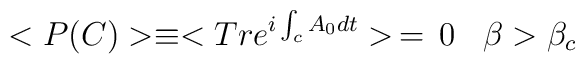
<P(C)> \equiv <Tr e^{i\int _c A_0 dt}> \, = \, 0  \; \; \; \beta > \beta _c